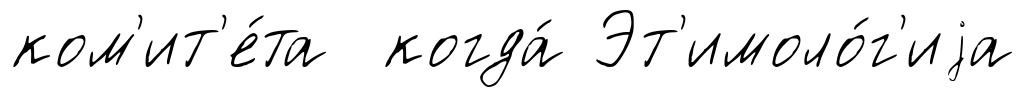
ком'ит'е́та когда́ Эт'имоло́г'иjа